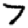
Digit: 7